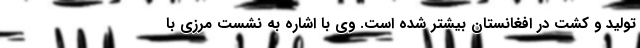
تولید و کشت در افغانستان بیشتر شده است. وی با اشاره به نشست مرزی با